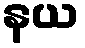
နယ